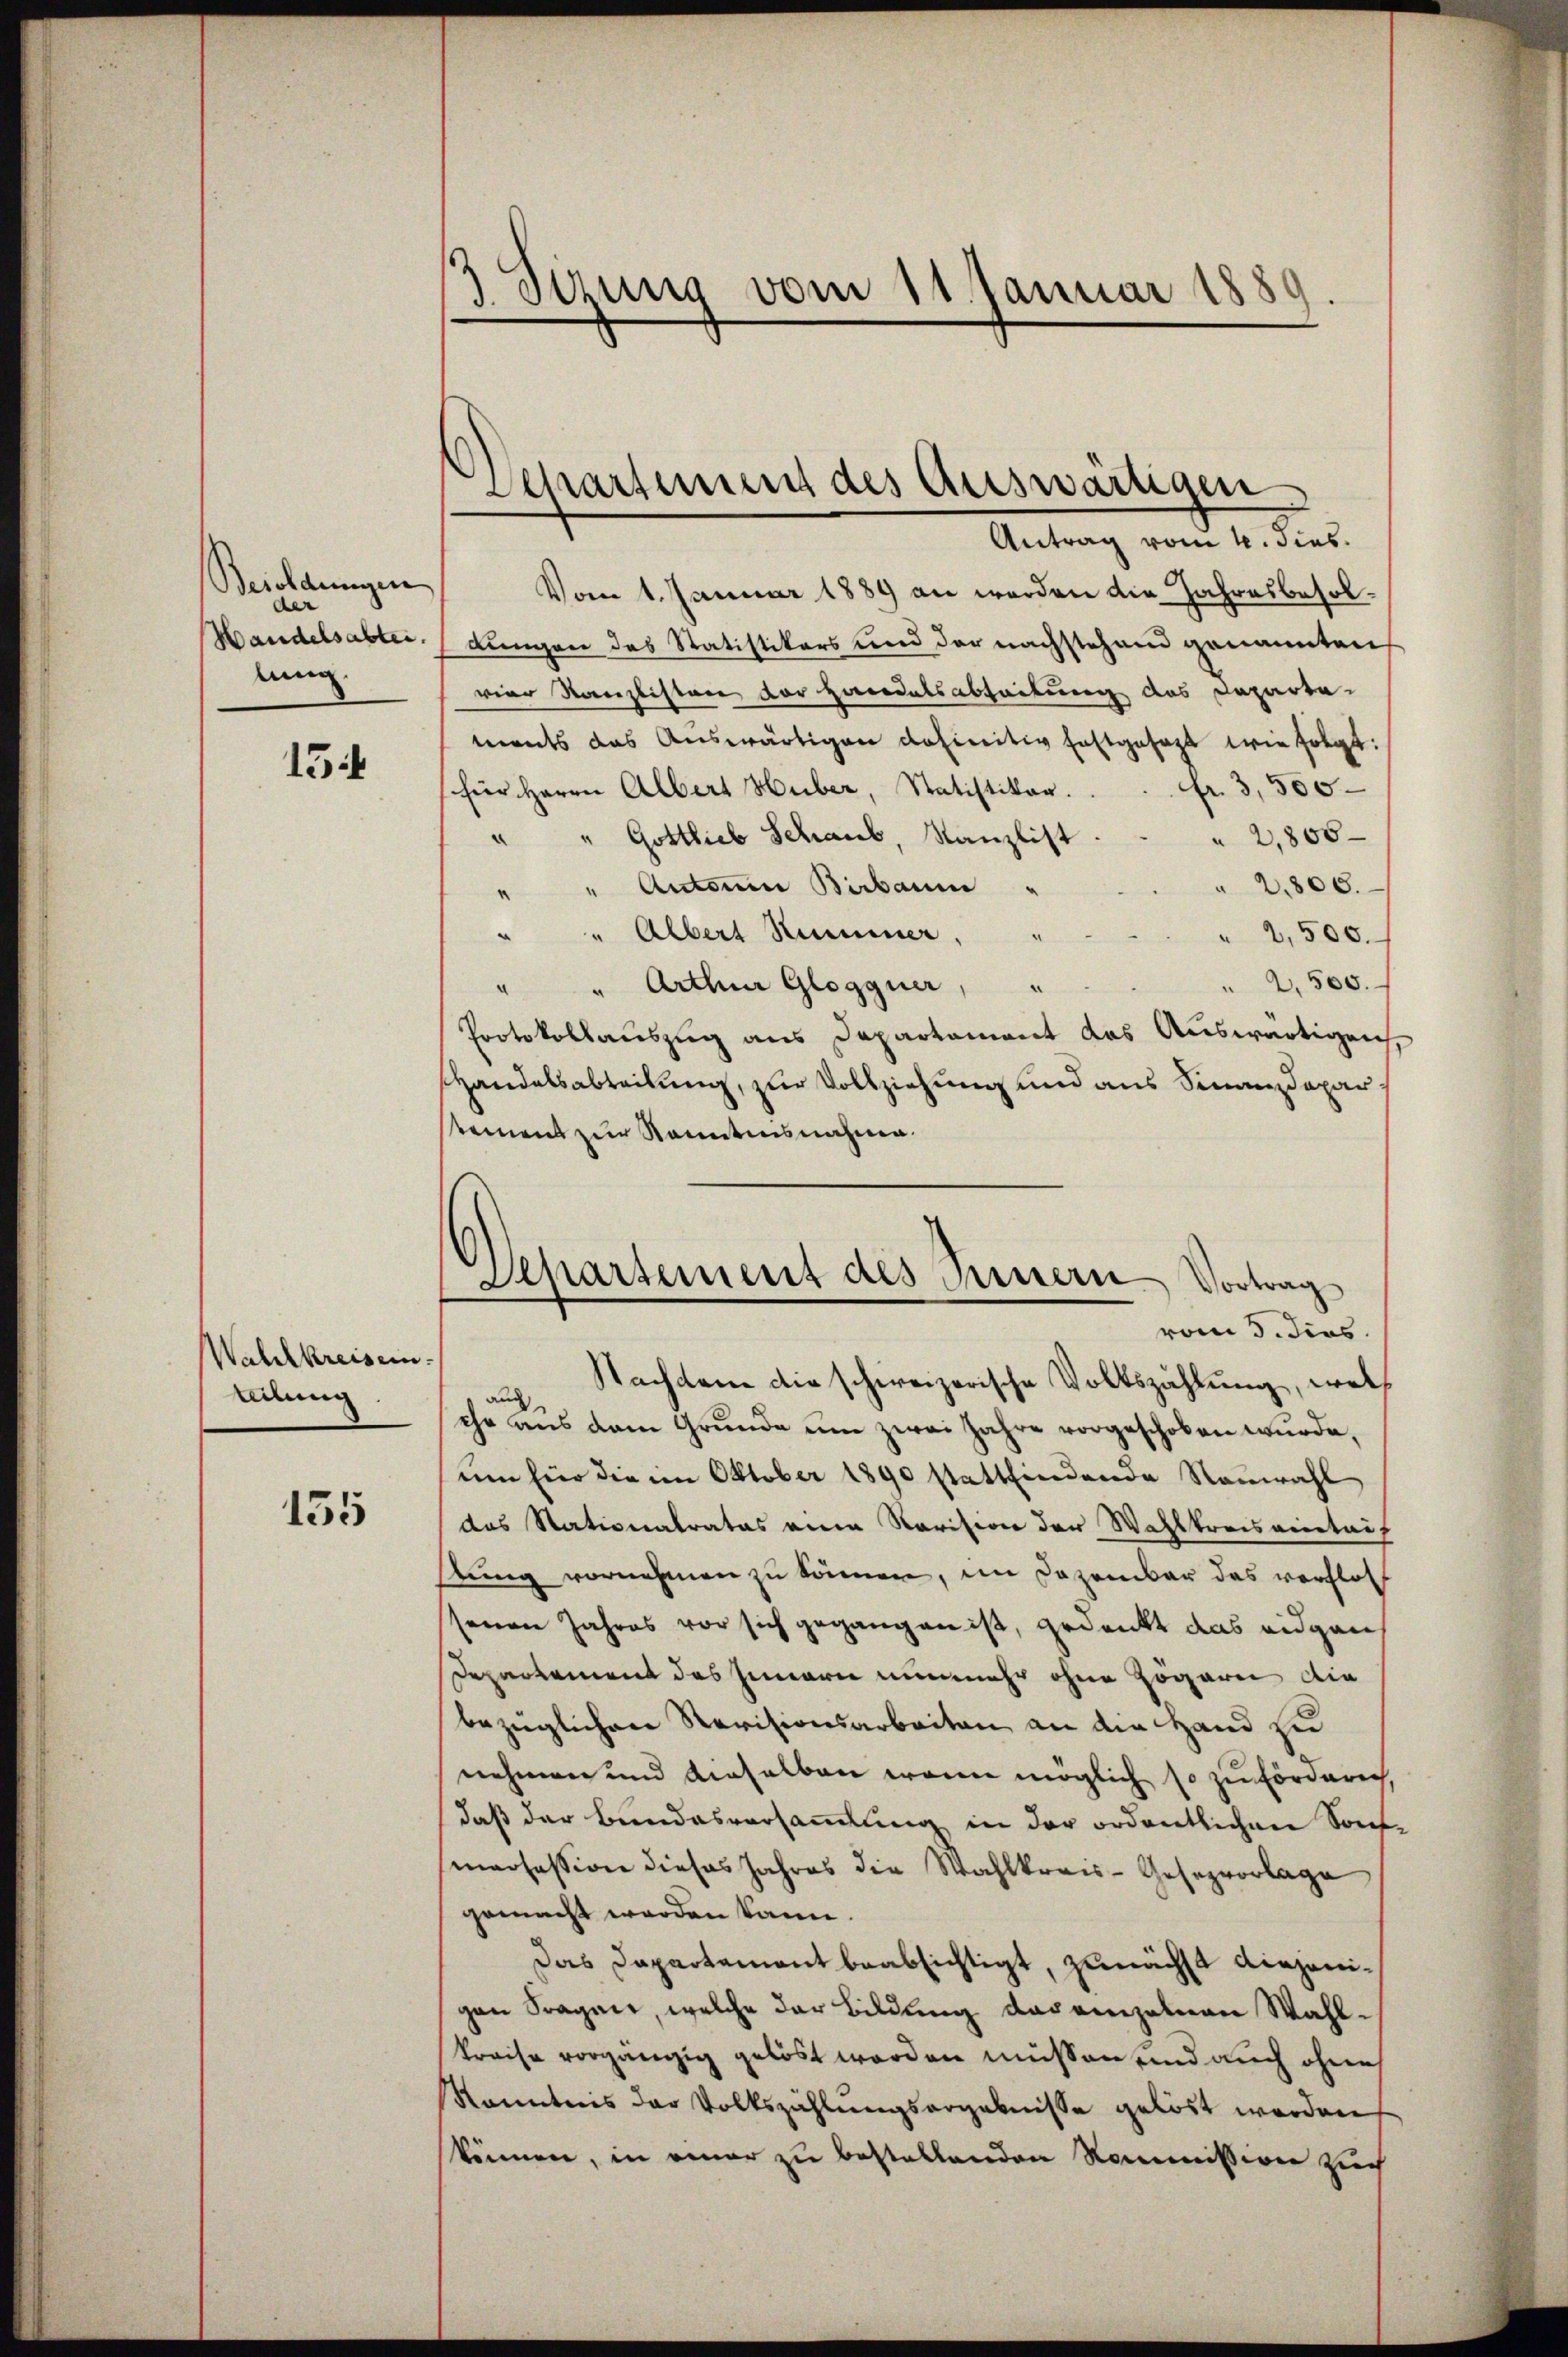
Besoldungen
der
lung.

15

Wahlkreisein.
teilung

155

3 Sirung vom 11. Januar 1889

Departement des Auswärtigen
Antrag vom 4. dies

Vom 1. Januar 1889 an werden die Jahresbesol¬
Handelsabter Lungen das Statistikers und der nachstehend genannten
vier Kanzlistere vor hiedelsabteilung des Departe
ments das Auswärtigen definitiv festgesezt wie folgt:
fr. 3,500
(für Herrn Albert Huber, Statistiker.
" " Gottlieb Schaub, Kanzlist.
2,800
" " Anton Birbaume " " " " 2800.
" " Albert Hummer.
¬
" 2,500.
2,500.
" Arthur Glogguer,
d
.
Protokollauszug aus Departement das Auswärtigen
Handelsabteilung, zur Vollziehung und aus Sinanzdepar
stement zur Kenntnisnahme.
auch
ehe aus dem Grŭnde ŭm zwei Jahre vorgeschoben wurde,
um für die im Oktober 1890 stattfindende Neuwahl
das Stationalrates eine Revision der Wahlkreisamtaif
stung vornehmen zu können, im Dezember das verflos
senen Jahres vor sich gegangen ist, gedankt das eidgan
Departement des Innern nunmehr ohne Zögern die
bezüglichen Revisionsarbeiten an die Hand zu
nehmen und dieselben wenn möglich so zu fördern,
daß der Bundesversammlung in der ordentlichen Sonf-
maofession dieses Jahres die Wahlkreis-Gesezvorlage
gemacht werden kann.
Das Dapartement beabsichtigt, zunächst diejenigen Fragen, welche der Bildung das einzelnen Wahlkreise vorgängig gelöst worden müssen und auch ohne
Kanntnis der Volkszählŭngsergebnisse gelöst werden
können, in einer zu bestellenden Kommission zuch

Separtement des Innern Vortrag
vom 3. dies
Nachdem die schweizerische Volkszählung, welch